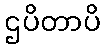
ဌပိတာပိ